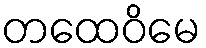
တထေဝိမေ